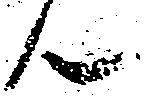
ん